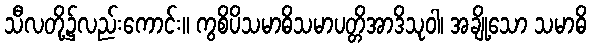
သီလတို့၌လည်းကောင်း။ ကွစိပိသမာဓိသမာပတ္တိအာဒိသုဝါ၊ အချို့သော သမာဓိ